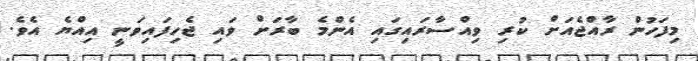
މިފަހުން ރާއްޖެއަށް ކުރި ވިއްސާރައިގައި އެންމެ ބާރަށް ވައި ޖެހިފައިވަނީ އިއްޔެ އެވެ.